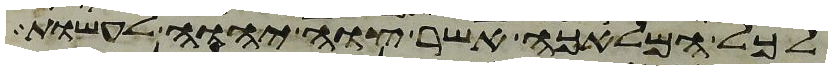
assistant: לכל המלאכה אשר צוה יהוה לעשות